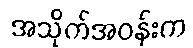
အသိုက်အဝန်းက